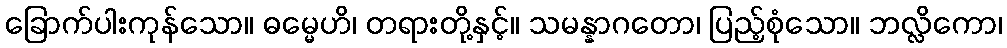
ခြောက်ပါးကုန်သော။ ဓမ္မေဟိ၊ တရားတို့နှင့်။ သမန္နာဂတော၊ ပြည့်စုံသော။ ဘလ္လိကော၊